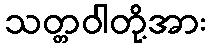
သတ္တဝါတို့အား